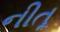
નીતૂ